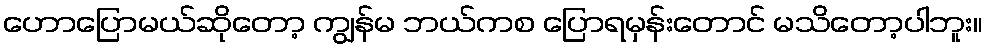
ဟောပြောမယ်ဆိုတော့ ကျွန်မ ဘယ်ကစ ပြောရမှန်းတောင် မသိတော့ပါဘူး။